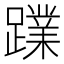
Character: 𮜙